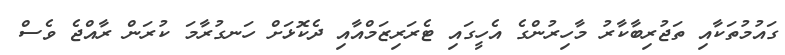
ގައުމުތަކާއި ތަޖުރިބާކާރު މާހިރުންގެ އެހީގައި ޓެރަރިޒަމްއާއި ދެކޮޅަށް ހަނގުރާމަ ކުރަން ރާއްޖެ ވެސް